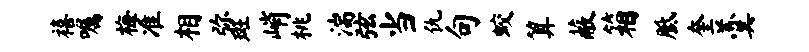
禧嘱梅准相弥斑峭桃湍弦当仇句蛟算蔽箱胝奎羹